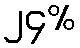
၂၄%